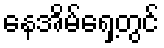
နေအိမ်ရှေ့တွင်